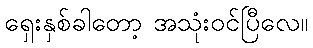
ရှေးနှစ်ခါတော့ အသုံးဝင်ပြီလေ။